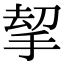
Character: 𢭋